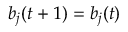
b _ { j } ( t + 1 ) = b _ { j } ( t )